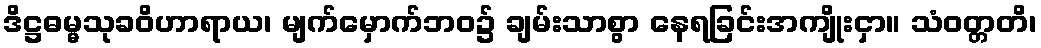
ဒိဋ္ဌဓမ္မသုခဝိဟာရာယ၊ မျက်မှောက်ဘဝ၌ ချမ်းသာစွာ နေရခြင်းအကျိုးငှာ။ သံဝတ္တတိ၊